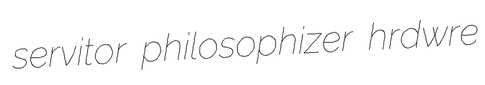
servitor philosophizer hrdwre